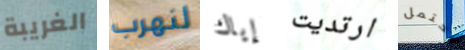
الغريبة لنهرب إياك ارتديت تحتمل